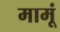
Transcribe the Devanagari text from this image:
मामूं